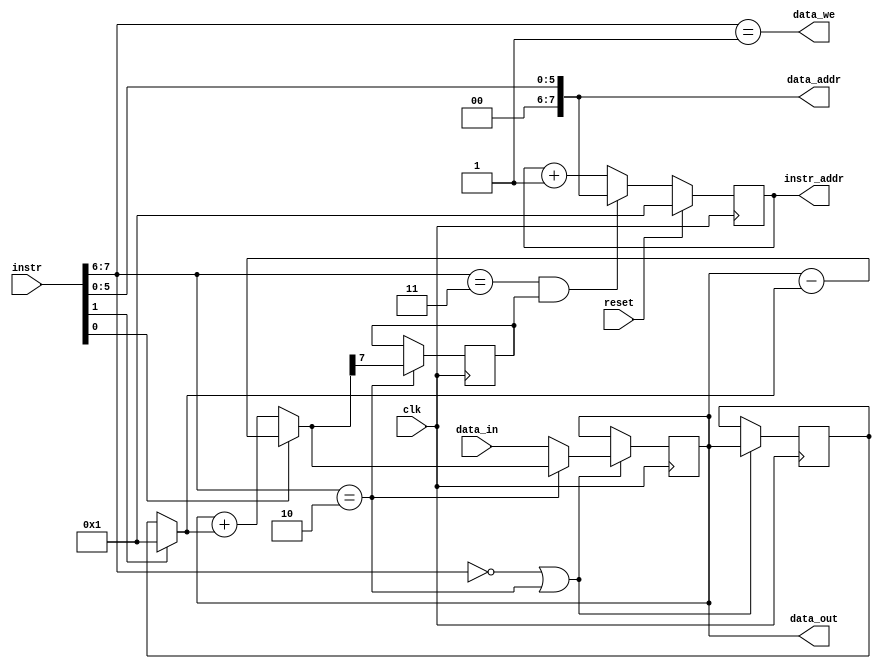
module nano(
 input 	      reset, clk,
 input [7:0]  instr,data_in,
 output [7:0] instr_addr,data_addr,
 output [7:0] data_out,
 output       data_we
 );
   reg [7:0]  R0,R1;
   reg 	      flag;

   // FETCH UNIT
   reg [7:0]  pc;
   wire [7:0] next_pc;
   wire       pc_we;
   
   always @(posedge clk)
     if (reset)
       pc <= 8'h01;
     else
       pc <= next_pc;

   assign next_pc = (pc_we) ? imm8 : pc+8'h01;
   assign instr_addr = pc;
   
   // DECODE UNIT
   wire       ld, st, alu, br;
   wire       do_sub, inc_dec;
   wire       reg_we, flag_we;
   wire [7:0] imm8;
   
   assign ld = instr[7:6] == 2'b00;
   assign st = instr[7:6] == 2'b01;
   assign alu = instr[7:6] == 2'b10;
   assign br = instr[7:6] == 2'b11;
   
   assign do_sub = instr[0];
   assign inc_dec = instr[1];
   assign imm8 = {2'b00, instr[5:0]};

   assign pc_we = br & flag;
   assign reg_we = ld | alu;
   assign flag_we = alu;
   assign data_we = st;
      
   // EXECUTION UNIT
   wire [7:0] reg_in,alu_out,x,y;
   wire       flag_in;

   assign x = R0;
   assign y = (inc_dec) ? 8'h01 : R1;

   assign alu_out = (do_sub) ? x-y : x+y;

   // WRITEBACK UNIT
   assign reg_in = (alu) ? alu_out : data_in;
   assign flag_in = alu_out[7];
   assign data_out = R0;
   assign data_addr = imm8;   
   
   
   // REGISTERS   
   always @(posedge clk)
     if (reg_we) begin
	R0 <= reg_in;
	R1 <= R0;
     end
 
   always @(posedge clk)
     if (flag_we)
       flag <= flag_in;
endmodule